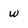
Character: w